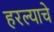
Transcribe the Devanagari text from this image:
हरल्याचे